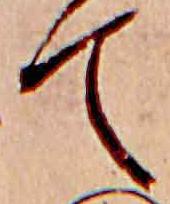
て